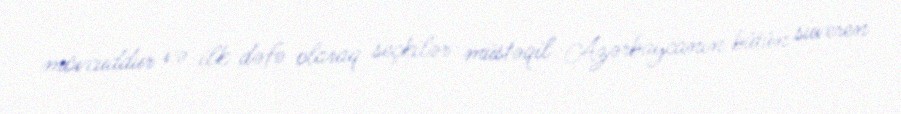
mövcuddur və ilk dəfə olaraq seçkilər müstəqil Azərbaycanın bütün suveren